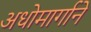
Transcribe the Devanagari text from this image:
अधोमार्गाने